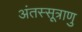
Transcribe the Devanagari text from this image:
अंतस्सूत्राणु